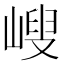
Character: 𡻁